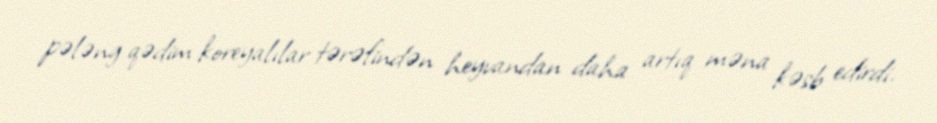
pələng qədim koreyalılar tərəfindən heyvandan daha artıq məna kəsb edirdi.